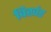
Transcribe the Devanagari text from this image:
विखंड